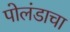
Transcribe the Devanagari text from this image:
पोलंडाचा